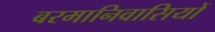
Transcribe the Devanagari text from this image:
बरमानिवासियों